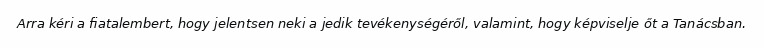
Arra kéri a fiatalembert, hogy jelentsen neki a jedik tevékenységéről, valamint, hogy képviselje őt a Tanácsban.